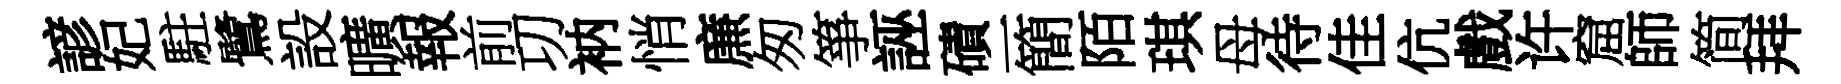
諺妃駐鷺設曠報前㓛衲悄㢘匆箏誣磧一簡陌琪母待佳伉戲许窟師简拜